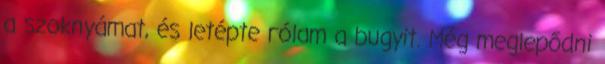
a szoknyámat, és letépte rólam a bugyit. Még meglepődni